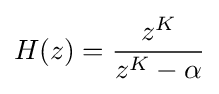
H(z)={\frac {z^{K}}{z^{K}-\alpha }}